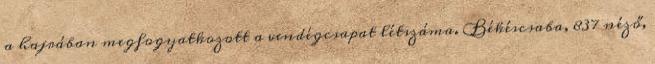
a hajrában megfogyatkozott a vendégcsapat létszáma. Békéscsaba, 837 néző,